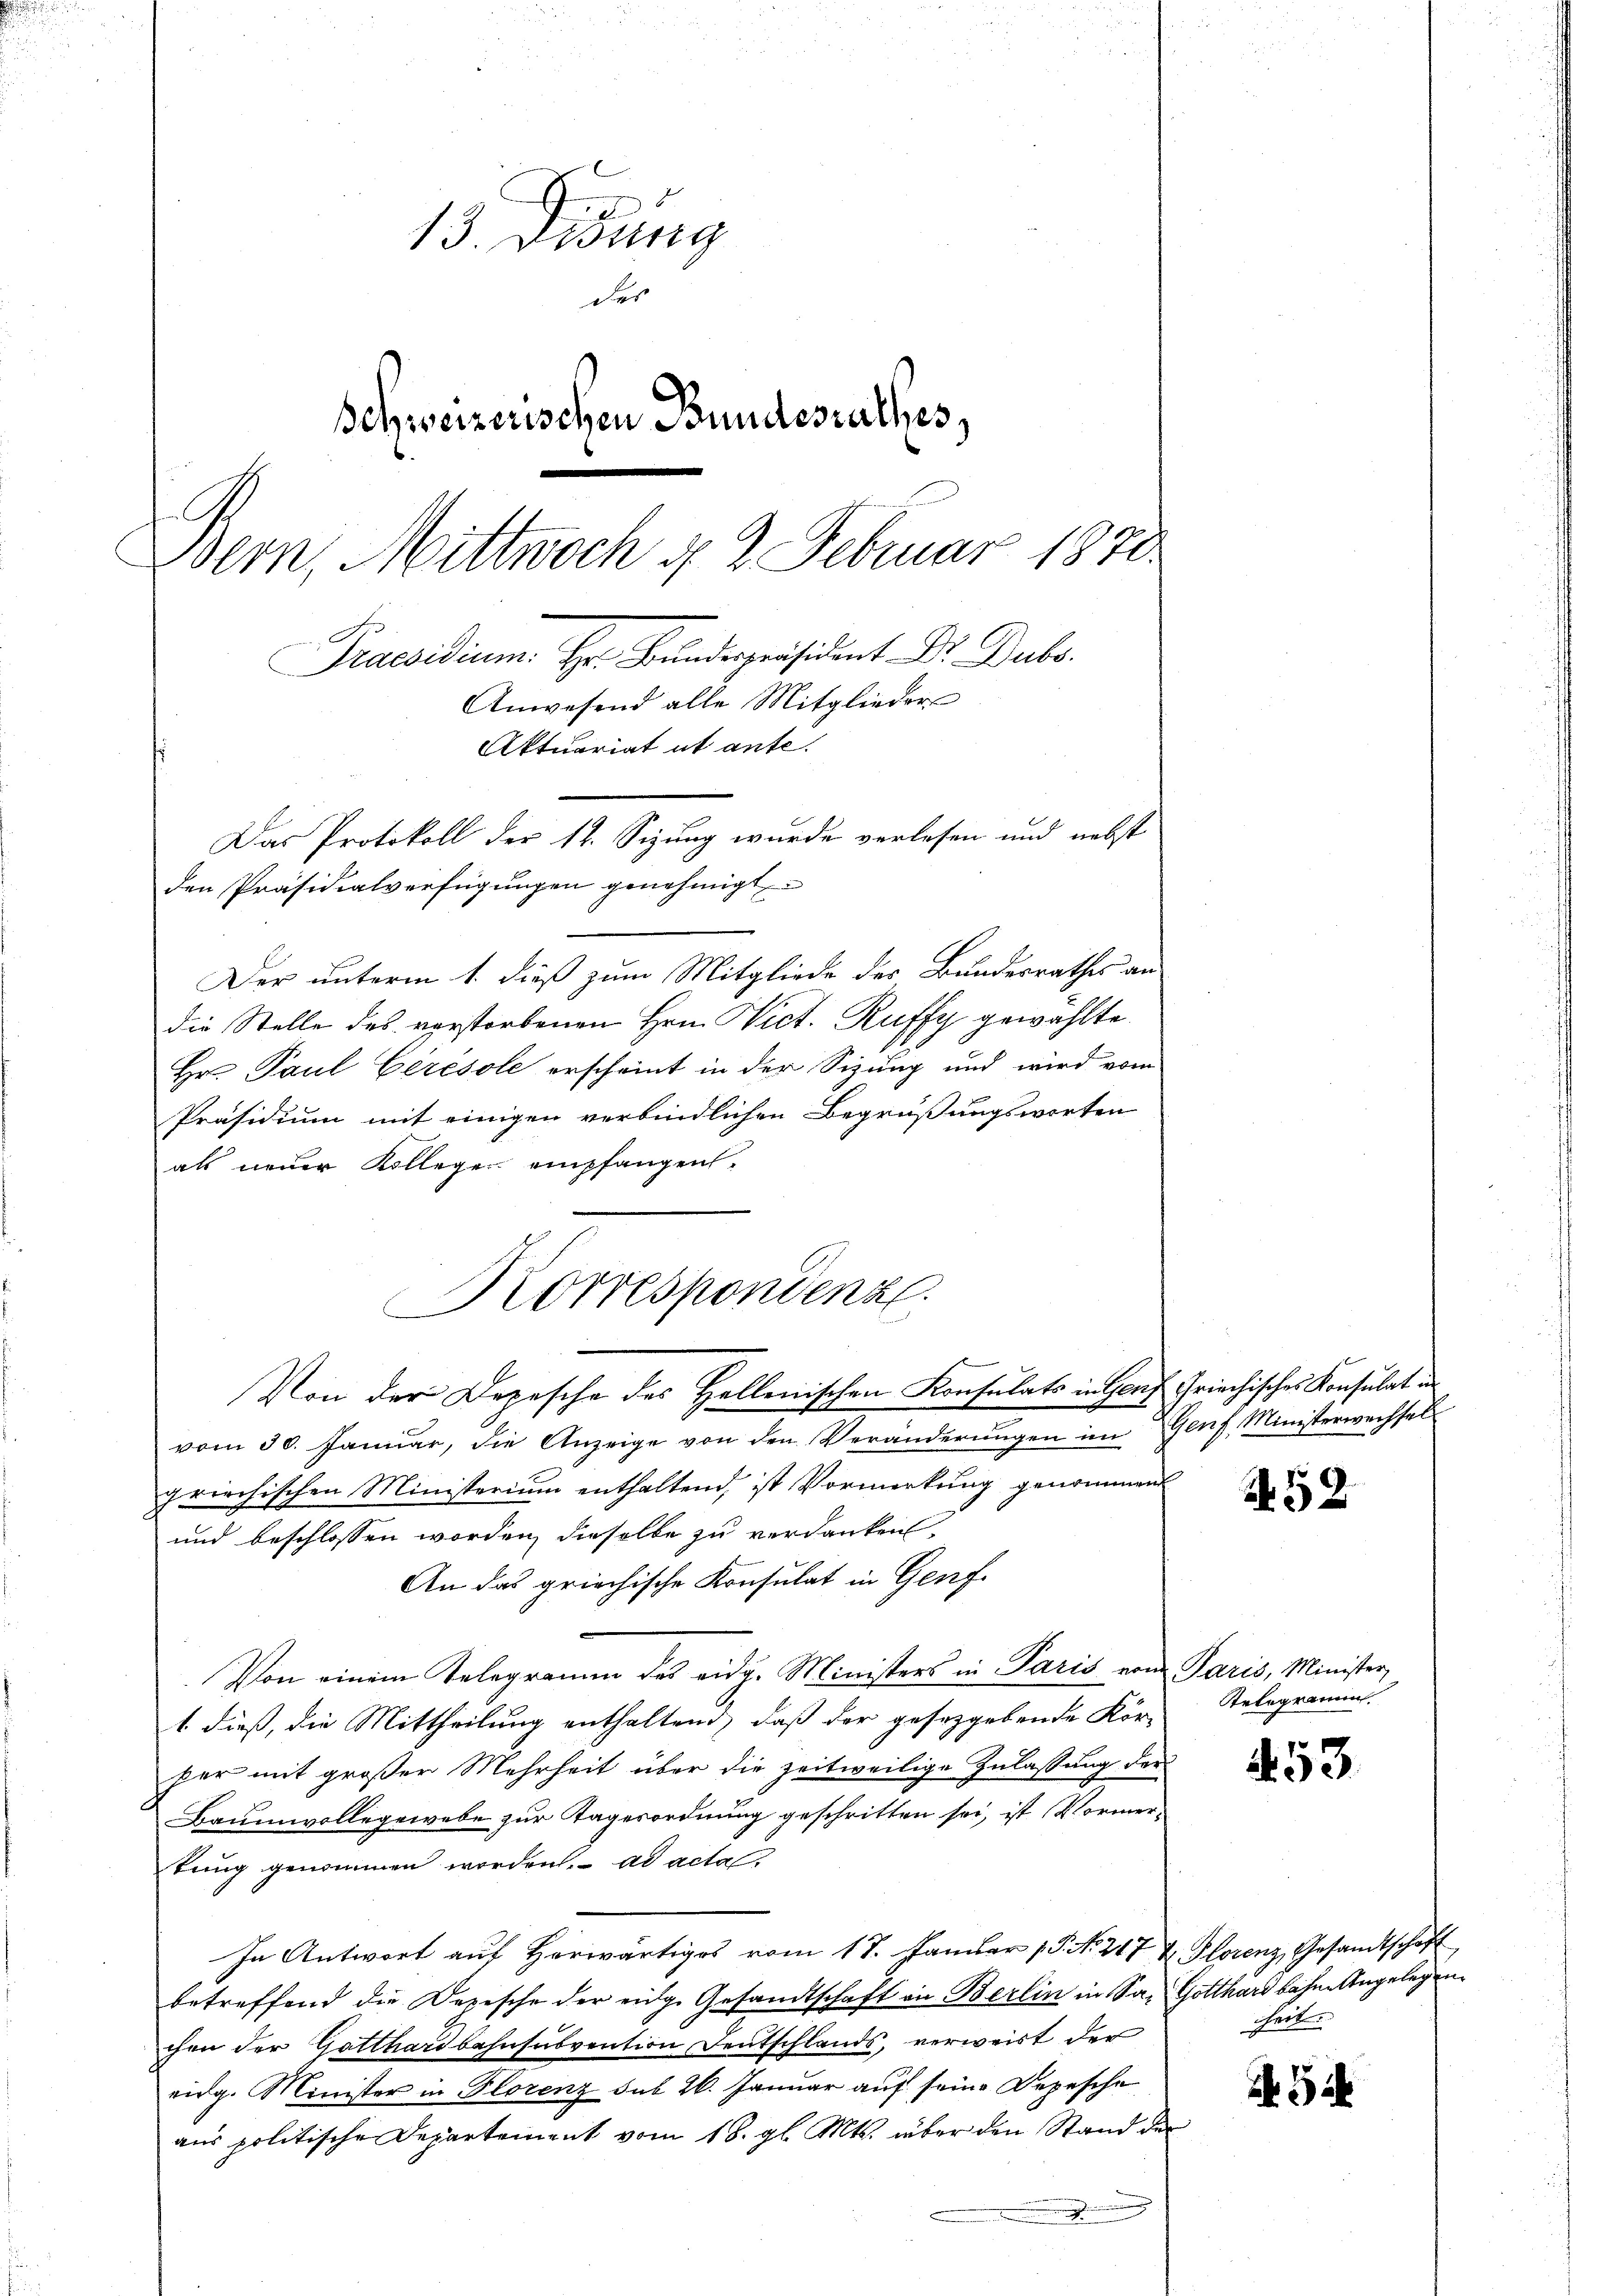
13. Didung
der
Schweizerischen Bundesrathes,
Bern, Mittwoch §. 2. Februar 1870.
E
Praesidium. Hr. Bŭndespräsident Dr. Bubo.
Anwesend alle Mitglieder-
Aktuariat et ante.

Das Protokoll der 14. Sizung wurde verlesen und nebst
den Präsidialverfügungen genehmigt

Der unterm 1. dieß zum Mitgliede des Bundesrathes an
die Stelle des verstorbenen Hrn. Nict. Ruffy gewählte.
Hr. Paul Ceresole erscheint in der Sizung und wird vom
Präsidium mit einigen verbindlichen Begrüßungsworten
als neuer Kolleger empfangen.
Von der Depesche des Hellenischen Konsulats in Genf Griechisches Konsulat in
vom 30. Januar, die Anzeige von den Veränderŭngen im Genf, Ministerwechsel
griechischen Ministerium enthaltend, ist Vormerkung genommen
und beschlossen worden, dieselbe zu verdanken.
An das griechische Konsulat in Genf.
Von einem Telegramm des eidg. Ministers in Paris von Paris, Minister,
1. dieß, die Mittheilung enthaltend, daß der gesetzgebende Kör-
per mit großer Mehrheit über die zeitweilige Zulassung der
Baumwollegewebe zur Tagesordnung geschritten sei, ist Vormertung genommen worden. ad acta
In Antwort auf Horwärtiges vom 17. Januar p. N. 217 u. Florenz, Gesandtschaft
betreffend die Depesche der eidge Gesandtschaft an Berlin in Sa- Gotthardbahne Angelegen
chen der Gatthardbahnsubvention Deutschlands, verweist der
eidg. Minister in Plorenz sub 26. Januar auf seine Depesche
aus politische Departement vom 18. gl. Mts. über den Stand der
.

Korrespondenz

252

Relegramm

.53

heit

5